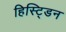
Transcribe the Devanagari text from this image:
हिस्ट्डिन